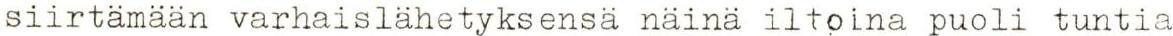
siirtämään varhaislähetyksensä näinä iltoina puoli tuntia